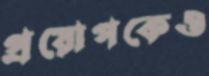
প্রয়োগকেও